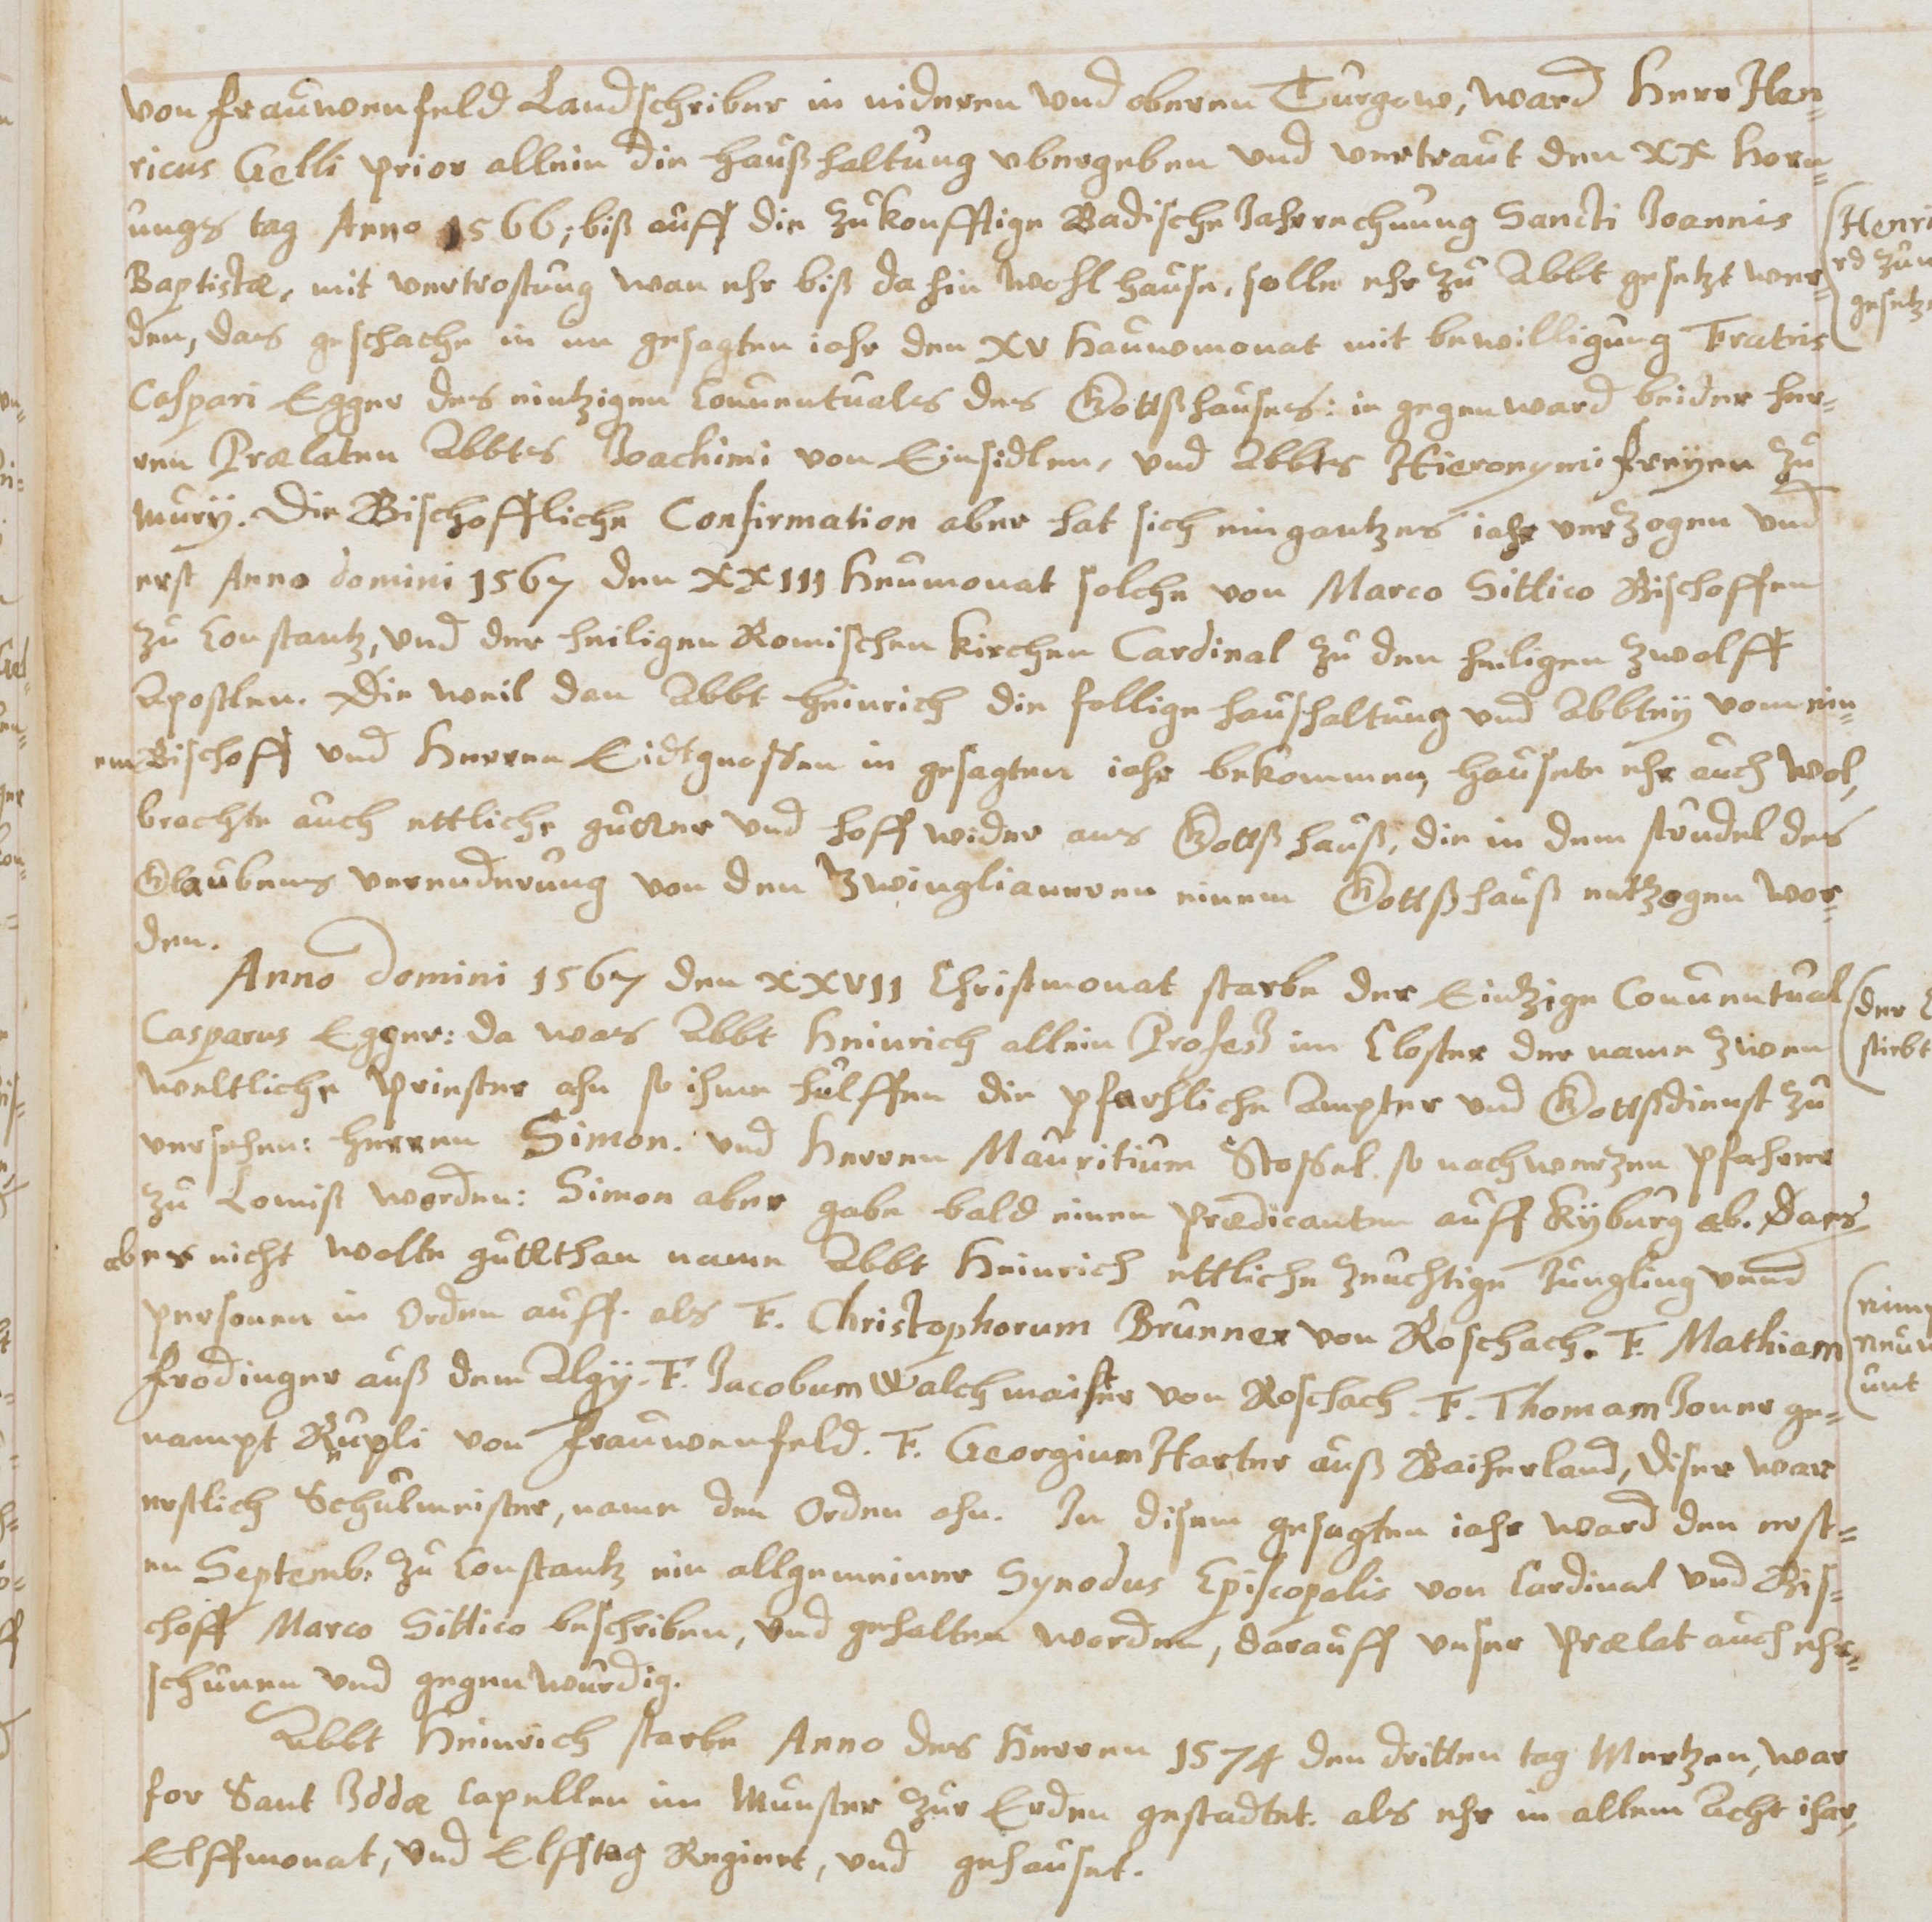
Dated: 1619–1649